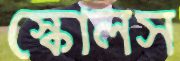
স্কোলস